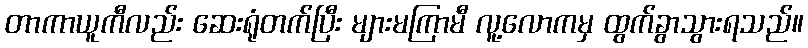
တာကာယူကီလည်း ဆေးရုံတက်ပြီး များမကြာမီ လူ့လောကမှ ထွက်ခွာသွားရသည်။